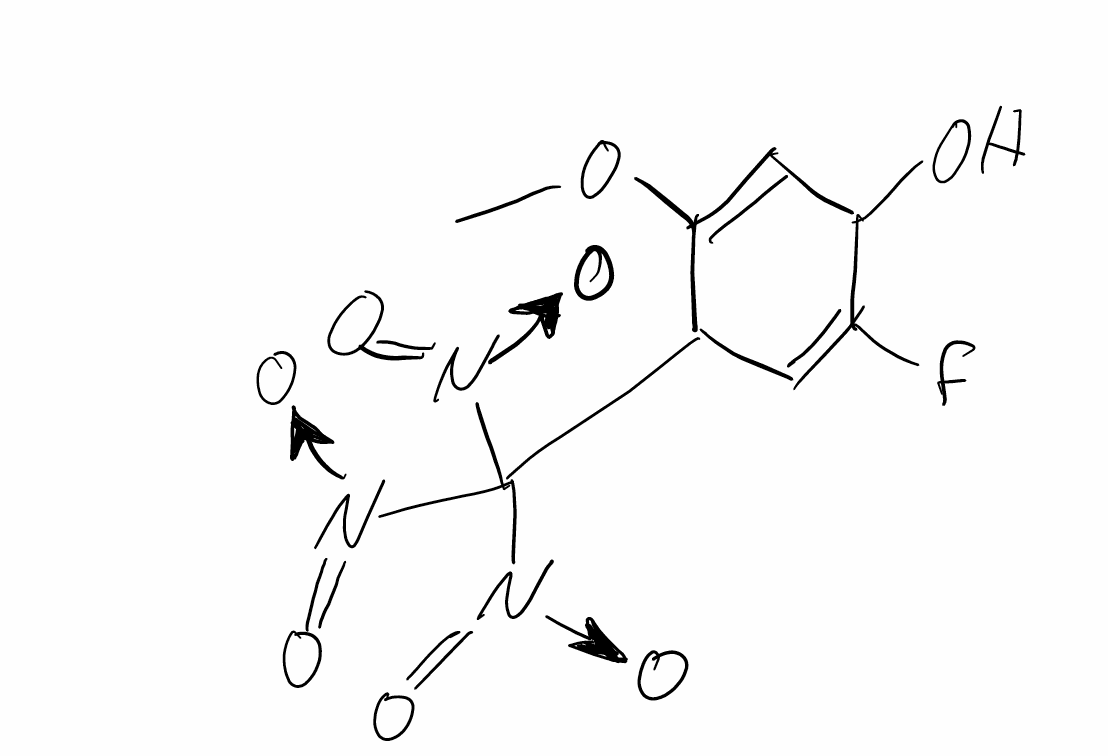
Simplified molecular-input line-entry system (SMILES) notation of the given molecule:
COC1=CC(C(=CC1C([N+](=O)[O-])([N+](=O)[O-])[N+](=O)[O-])F)O